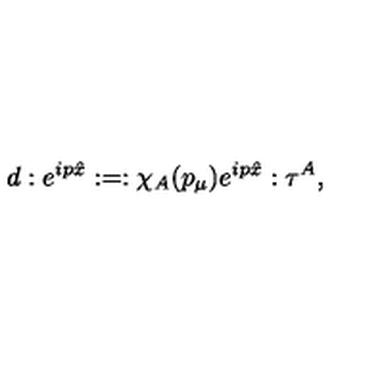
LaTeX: d : e ^ { i p \hat { x } } : = : \chi _ { A } ( p _ { \mu } ) e ^ { i p \hat { x } } : \tau ^ { A } ,